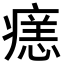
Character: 𭼞